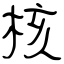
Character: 核